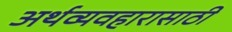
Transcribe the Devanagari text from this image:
अर्थव्यवहारासाठी